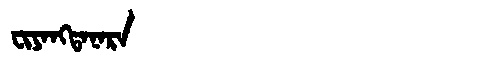
Manchu: ᠸᡳᠶᠠᠩᡨᠠᠨᠠᡵᠠ
Romanization: FIYANGTANARA